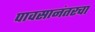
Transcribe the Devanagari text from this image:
पावसानंतरचा